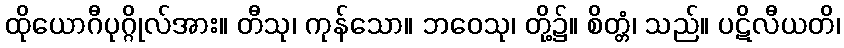
ထိုယောဂီပုဂ္ဂိုလ်အား။ တီသု၊ ကုန်သော။ ဘဝေသု၊ တို့၌။ စိတ္တံ၊ သည်။ ပဋိလီယတိ၊